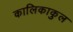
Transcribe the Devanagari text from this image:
कालिकाकुल